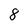
Character: 8